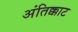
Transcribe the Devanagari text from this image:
अंतिक्काट